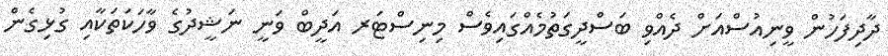
ދާދިފަހުން ވީނިއުސްއަށް ދެއްވި ބަސްދީގަތުމެއްގައިވެސް މިނިސްޓަރ އަދީބް ވަނީ ނަޝީދުގެ ވާހަކަތަކާއި ގުޅިގެން